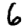
Digit: 6